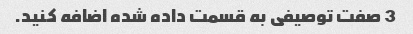
3 صفت توصیفی به قسمت داده شده اضافه کنید.